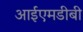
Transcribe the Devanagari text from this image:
आईएमडीबी